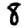
Digit: 8